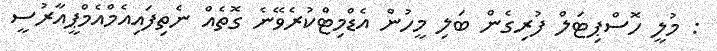
: މުލީ ހޮސްޕިޓަލް ފުރިގެން ބަލި މީހުން އެޑްމިޓްކުރެވޭނެ ގޮތެއް ނެތިފައިއެމްއެމްޕީއާރުސީ